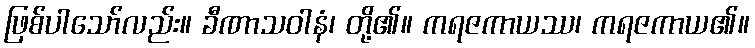
ဖြစ်ပါသော်လည်း။ ခီဏာသဝါနံ၊ တို့၏။ ကရဇကာယဿ၊ ကရဇကာယ၏။